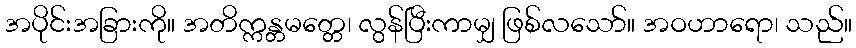
အပိုင်းအခြားကို။ အတိက္ကန္တမတ္တေ၊ လွန်ပြီးကာမျှ ဖြစ်လသော်။ အဝဟာရော၊ သည်။